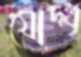
যোদ্ধৃ